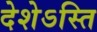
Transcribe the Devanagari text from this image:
देशेऽस्ति